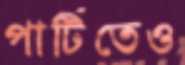
পার্টিতেও